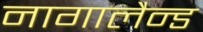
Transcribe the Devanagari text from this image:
नागालैन्ड